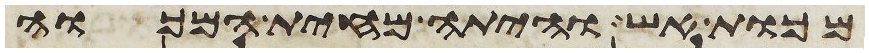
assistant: מכות אש והיתה מחית המכוה